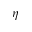
\eta